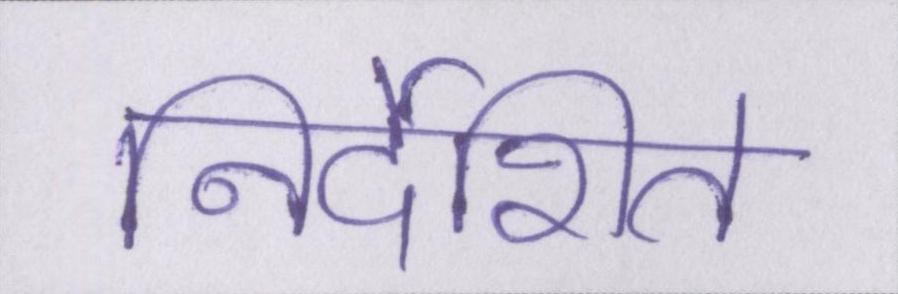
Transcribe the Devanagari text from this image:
निर्देशित